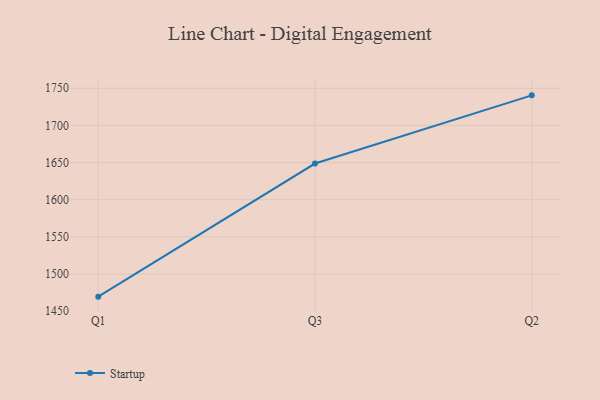
{"axis": {"x": "Quarter", "y": "Bounce Rate (%)"}, "legend": ["Startup"], "data": [{"x": "Q1", "y": 1469.5, "type": "Startup"}, {"x": "Q3", "y": 1648.7, "type": "Startup"}, {"x": "Q2", "y": 1740.5, "type": "Startup"}]}